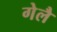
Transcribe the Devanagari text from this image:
गेलै